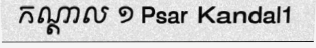
កណ្តាល ១ Psar Kandal1